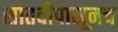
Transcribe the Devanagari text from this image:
सातवीपासूनच